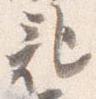
記